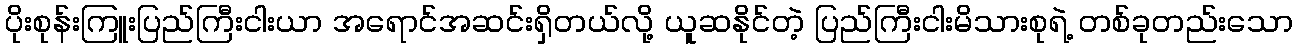
ပိုးစုန်းကြူးပြည်ကြီးငါးယာ အရောင်အဆင်းရှိတယ်လို့ ယူဆနိုင်တဲ့ ပြည်ကြီးငါးမိသားစုရဲ့ တစ်ခုတည်းသော